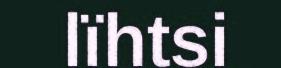
lïhtsi